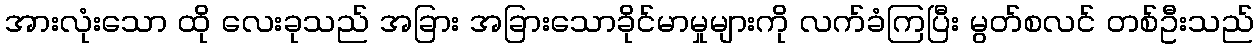
အားလုံးသော ထို လေးခုသည် အခြား အခြားသောခိုင်မာမှုများကို လက်ခံကြပြီး မွတ်စလင် တစ်ဦးသည်